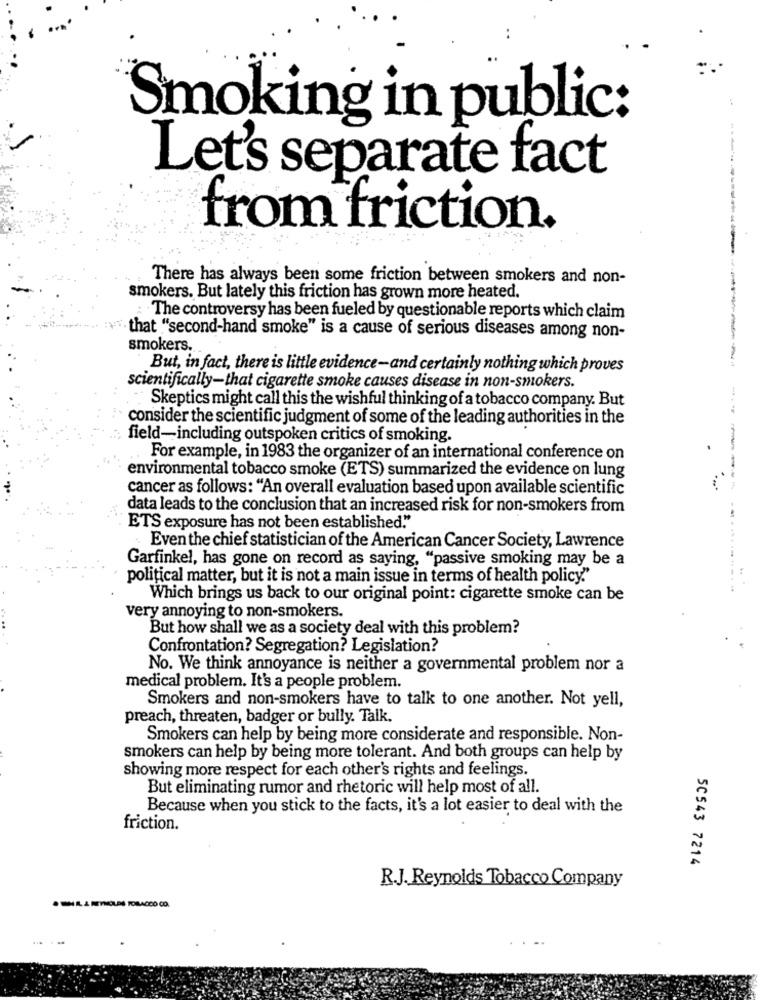
Smoking in public:
Let's separate fact
from friction.
There has always been some friction between smokers and non-
smokers. But lately this friction has grown more heated.
The controversy has been fueled by questionable reports which claim
that "second-hand smoke" is a cause of serious diseases among non-
smokers.
But, in fact, there is little evidence-and certainly nothing which proves
scientifically-that cigarette smoke causes disease in non-smokers.
Skeptics might call this the wishful thinking of a tobacco company. But
consider the scientific judgment of some of the leading authorities in the
field-including outspoken critics of smoking.
For example, in 1983 the organizer of an international conference on
environmental tobacco smoke (ETS) summarized the evidence on lung
cancer as follows: "An overall evaluation based upon available scientific
-------
data leads to the conclusion that an increased risk for non-smokers from
ETS exposure has not been established."
Even the chief statistician of the American Cancer Society, Lawrence
Garfinkel, has gone on record as saying, "passive smoking may be a
political matter, but it is not a main issue in terms of health policy."
Which brings us back to our original point: cigarette smoke can be
very annoying to non-smokers.
But how shall we as a society deal with this problem?
Confrontation? Segregation? Legislation?
No. We think annoyance is neither a governmental problem nor a
medical problem. It's a people problem.
Smokers and non-smokers have to talk to one another. Not yell,
preach, threaten, badger or bully. Talk.
Smokers can help by being more considerate and responsible. Non-
smokers can help by being more tolerant. And both groups can help by
showing more respect for each other's rights and feelings.
But eliminating rumor and rhetoric will help most of all.
Because when you stick to the facts, it's a lot easier to deal with the
friction.
50543 7214
R.J. Reynolds Tobacco Company